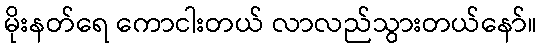
မိုးနတ်ရေ ကောငါးတယ် လာလည်သွားတယ်နော်။